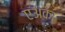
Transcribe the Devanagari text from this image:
एअका